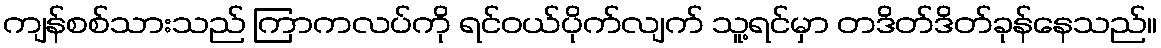
ကျန်စစ်သားသည် ကြာကလပ်ကို ရင်ဝယ်ပိုက်လျက် သူ့ရင်မှာ တဒိတ်ဒိတ်ခုန်နေသည်။